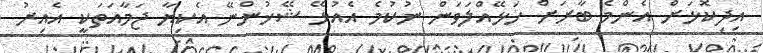
އިދިކޮޅަށް އެންމެ ބާރަށް ހަޅޭއްލަވަން ނުކުމެ އެއުޅޭ ޝޭޚުންނޭ އެކިޔާ ޖަމާއަތަކީ އެއިރު